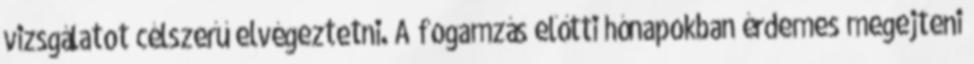
vizsgálatot célszerű elvégeztetni. A fogamzás előtti hónapokban érdemes megejteni